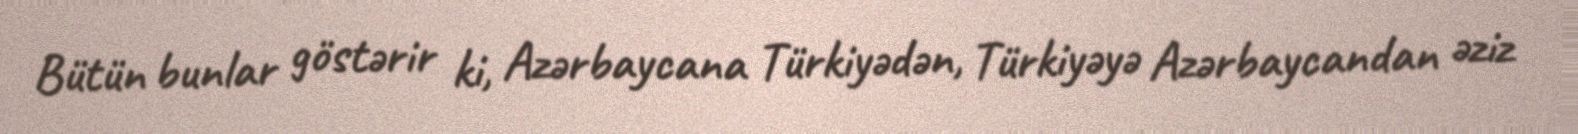
Bütün bunlar göstərir ki, Azərbaycana Türkiyədən, Türkiyəyə Azərbaycandan əziz